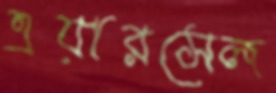
এয়ারসেল